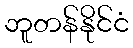
ဘူတန်နိုင်ငံ